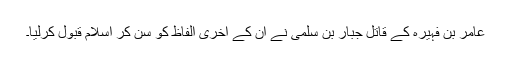
عامر بن فہیرہ کے قاتل جبار بن سلمیٰ نے ان کے آخری الفاظ کو سن کر اسلام قبول کرلیا۔